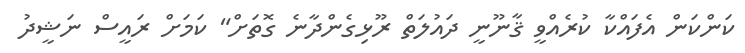
ކަންކަން އެފައްކާ ކުރެއްވީ ޤާނޫނީ ދައުލަތް ރޫޅިގެންދާނެ ގޮތަށް" ކަމަށް ރައީސް ނަޝީދު